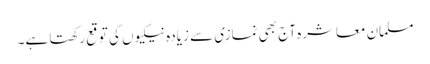
مسلمان معاشرہ آج بھی نمازی سے زیادہ نیکیوں کی توقع رکھتا ہے۔